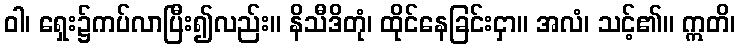
ဝါ၊ ရှေး၌ကပ်လာပြီး၍လည်း။ နိသီဒိတုံ၊ ထိုင်နေခြင်းငှာ။ အလံ၊ သင့်၏။ ဣတိ၊